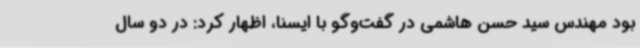
بود مهندس سید حسن هاشمی در گفت‌وگو با ایسنا، اظهار کرد: در دو سال